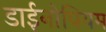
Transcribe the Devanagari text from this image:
डाईनोपियम